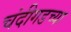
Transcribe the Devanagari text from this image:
चंदीगडच्या